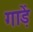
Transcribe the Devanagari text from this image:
गाड़ें